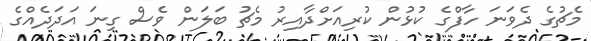
މެޗުގެ ދެވަނަ ހާފްގެ ކުޅުން ކުރިއަށްދާއިރު މެޗު ބަލަން ވެސް ގިނަ އަދަދެއްގެ